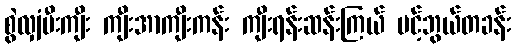
စွဲလျှံမီးကျီး ကျီးအာကျီးကန်း ကျီးရန်းဆန်းကြယ် ပင့်ဘွယ်တခန်း